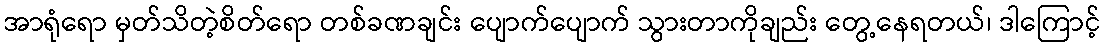
အာရုံရော မှတ်သိတဲ့စိတ်ရော တစ်ခဏချင်း ပျောက်ပျောက် သွားတာကိုချည်း တွေ့နေရတယ်၊ ဒါကြောင့်